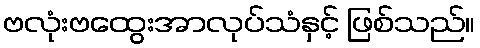
ဗလုံးဗထွေးအာလုပ်သံနှင့် ဖြစ်သည်။